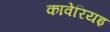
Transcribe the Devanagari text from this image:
कावेरियइ